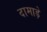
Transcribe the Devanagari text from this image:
दामाड़े